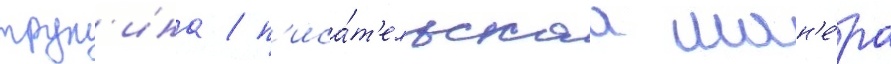
трун'ина / п'иса́т'ельскаа ман'е́ра